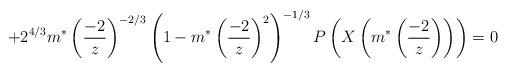
LaTeX: \begin{align*}+2^{4/3}m^{*}\left(\frac{-2}{z}\right)^{-2/3}\left(1-m^{*}\left(\frac{-2}{z}\right)^2\right)^{-1/3}P\left(X\left(m^{*}\left(\frac{-2}{z}\right)\right)\right)=0\end{align*}